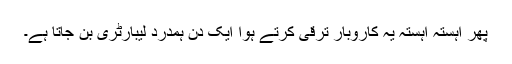
پھر آہستہ آہستہ یہ کاروبار ترقی کرتے ہوا ایک دن ہمدرد لیبارٹری بن جاتا ہے۔